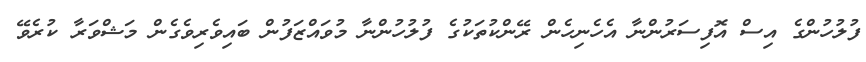
ފުލުހުންގެ އިސް އޮފިސަރުންނާ އެހެނިހެން ރޭންކުތަކުގެ ފުލުހުންނާ މުވައްޒަފުން ބައިވެރިވެގެން މަޝްވަރާ ކުރެވޭ